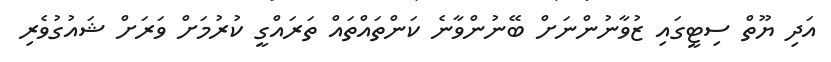
އަދި ޔޫތް ސިޓީގައި ޒުވާނުންނަށް ބޭނުންވާނެ ކަންތައްތައް ތަރައްގީ ކުރުމަށް ވަރަށް ޝައުގުވެރި